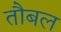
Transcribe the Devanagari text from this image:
तौबल